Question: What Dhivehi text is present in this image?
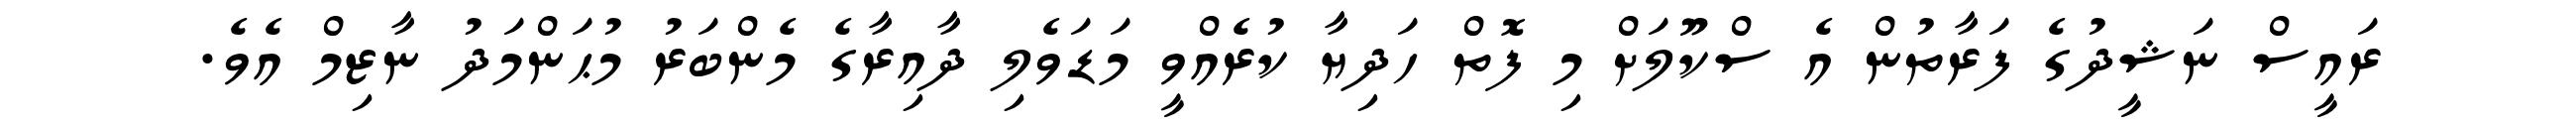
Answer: ރައީސް ނަޝީދުގެ ފަރާތުން އެ ސްކޫލަށް މި ފޮތް ހަދިޔާ ކުރެއްވީ މަޑަވެލި ދާއިރާގެ މެންބަރު މުޙަންމަދު ނާޒިމް އެވެ.